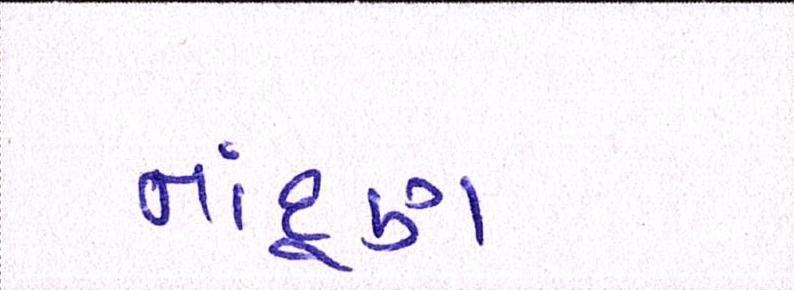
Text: નાંદૂણ